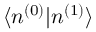
\langle n ^ { ( 0 ) } | n ^ { ( 1 ) } \rangle